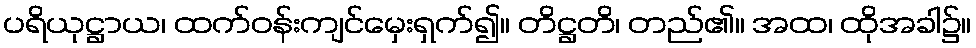
ပရိယုဋ္ဌာယ၊ ထက်ဝန်းကျင်မှေးရှက်၍။ တိဋ္ဌတိ၊ တည်၏။ အထ၊ ထိုအခါ၌။